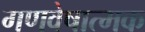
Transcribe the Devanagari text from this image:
गणवेषात्मक